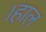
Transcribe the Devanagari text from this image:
।हाल